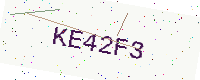
Text: KE42F3